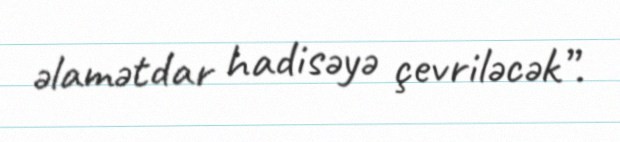
əlamətdar hadisəyə çevriləcək”.